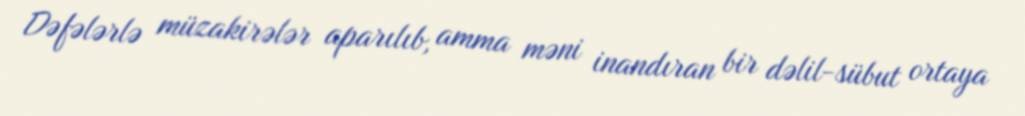
Dəfələrlə müzakirələr aparılıb, amma məni inandıran bir dəlil-sübut ortaya